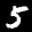
Label: 5